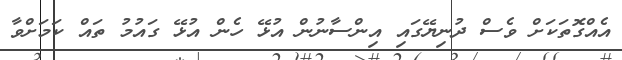
އެއްގޮތަކަށް ވެސް ދުނިޔޭގައި އިންސާނުން އުޅޭ ހެން އުޅޭ ގައުމު ތައް ކަމަށްވާ